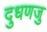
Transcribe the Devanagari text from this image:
दुधणजु